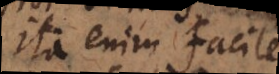
ita enim facile